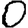
Digit: 0